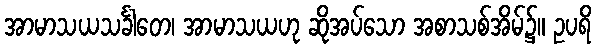
အာမာသယသင်္ခါတေ၊ အာမာသယဟု ဆိုအပ်သော အစာသစ်အိမ်၌။ ဥပရိ